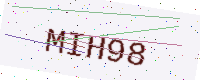
Text: MIH98